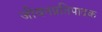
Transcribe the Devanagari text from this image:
जीवनप्रतिपादक